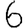
Digit: 6